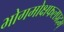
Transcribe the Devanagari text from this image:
भोगमोक्षफलप्रदम्